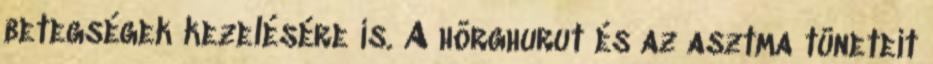
betegségek kezelésére is. A hörghurut és az asztma tüneteit